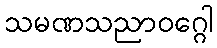
သမဏသညာဝဂ္ဂေါ